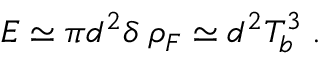
E \simeq \pi d ^ { 2 } \delta \; \rho _ { F } \simeq d ^ { 2 } T _ { b } ^ { 3 } \; .